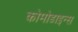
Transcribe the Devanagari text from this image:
कोमोडाइन्स